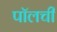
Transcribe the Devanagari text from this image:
पॉलची